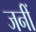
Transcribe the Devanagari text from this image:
जनीं